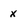
Character: x